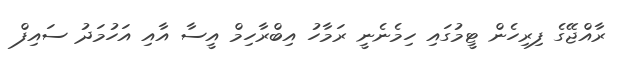
ރާއްޖޭގެ ފިރިހެން ޓީމުގައި ހިމެނެނީ ރަމާހު އިބްރާހިމް އީސާ އާއި އަހުމަދު ސައިފް